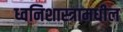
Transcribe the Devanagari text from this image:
ध्वनिशास्त्रामधील